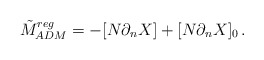
\begin{align*}\tilde{M}_{ADM}^{reg}=-[N\partial _{n}X]+[N\partial _{n}X]_{0}\, .\end{align*}